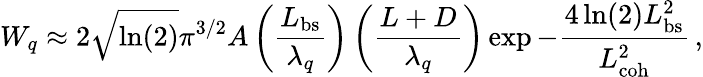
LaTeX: W_{q}\approx 2\sqrt{\ln(2)}\pi^{3/2}A\left(\frac{L_{\mathrm{bs}}}{\lambda_{q}}\right)\left(\frac{L+D}{\lambda_{q}}\right)\exp{-\frac{4\ln(2)L_{\mathrm{bs}}^{2}}{L_{\mathrm{coh}}^{2}}}\, ,